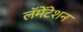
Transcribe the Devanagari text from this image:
लॅमेंटेशन